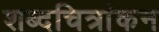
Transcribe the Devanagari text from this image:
शब्दचित्रांकन